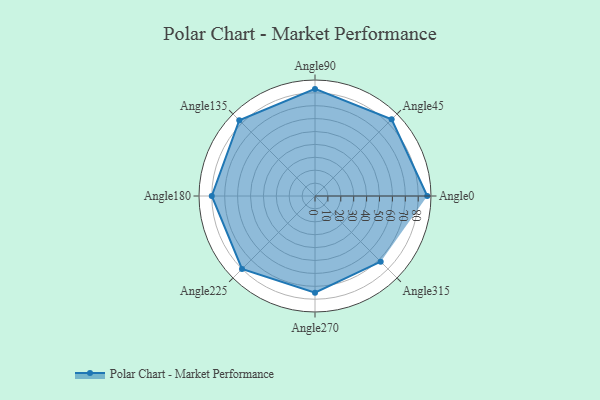
{"axis": {"x": "Angle", "y": "Radius"}, "legend": [""], "data": [{"x": "Angle0", "y": 87.0, "type": ""}, {"x": "Angle45", "y": 84.0, "type": ""}, {"x": "Angle90", "y": 83.0, "type": ""}, {"x": "Angle135", "y": 83.0, "type": ""}, {"x": "Angle180", "y": 80.0, "type": ""}, {"x": "Angle225", "y": 80.0, "type": ""}, {"x": "Angle270", "y": 75.0, "type": ""}, {"x": "Angle315", "y": 72.0, "type": ""}]}